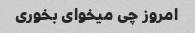
امروز چی میخوای بخوری